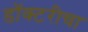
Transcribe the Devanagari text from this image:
डॉक्टरीचा